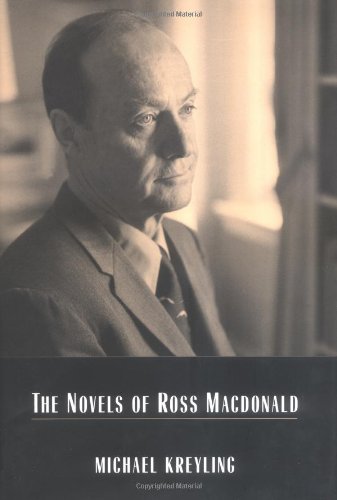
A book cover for The Novels Of Ross Macdonald; Michael Kreyling; Mystery, Thriller & Suspense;